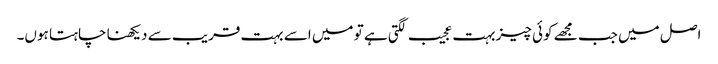
اصل میں جب مجھے کوئی چیز بہت عجیب لگتی ہے تو میں اسے بہت قریب سے دیکھنا چاہتا ہوں۔